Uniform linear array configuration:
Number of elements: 8
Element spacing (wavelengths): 0.5
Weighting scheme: hann
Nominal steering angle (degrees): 45
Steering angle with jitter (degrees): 43.215
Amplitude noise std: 0.05
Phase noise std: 0.05

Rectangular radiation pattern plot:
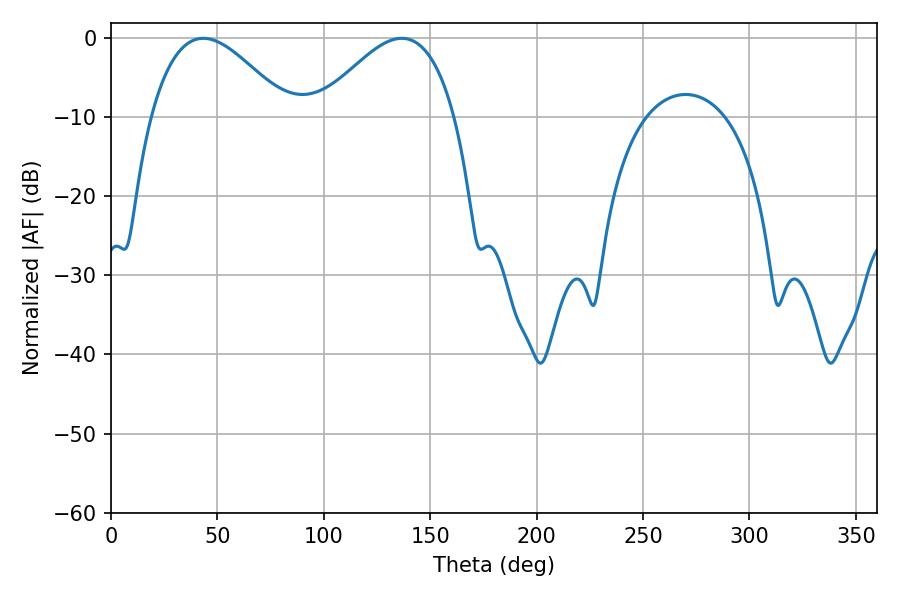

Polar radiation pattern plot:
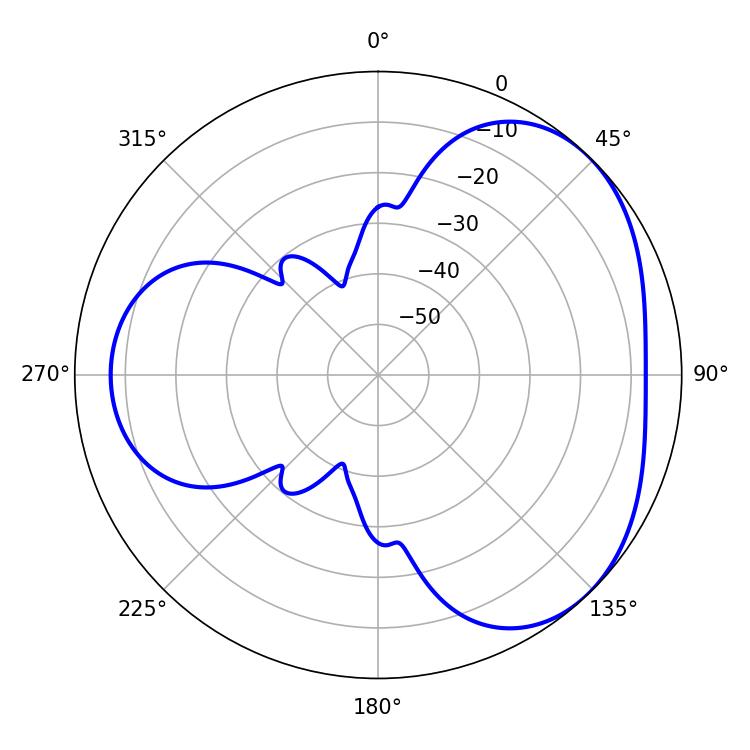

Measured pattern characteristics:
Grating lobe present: FALSE
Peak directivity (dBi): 3.652
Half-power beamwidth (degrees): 34.92
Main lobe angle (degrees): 43.38